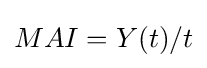
MAI=Y(t)/t